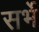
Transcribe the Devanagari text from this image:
सर्भे